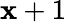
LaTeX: \mathbf{x}+1